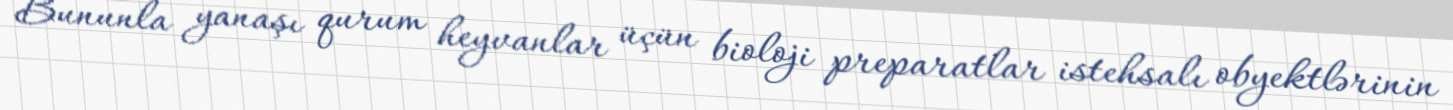
Bununla yanaşı qurum heyvanlar üçün bioloji preparatlar istehsalı obyektlərinin